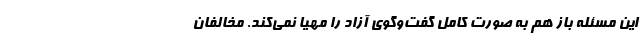
این مسئله باز هم به‌ صورت کامل گفت‌وگوی آزاد را مهیا نمی‌کند. مخالفان